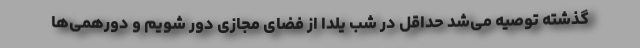
گذشته توصیه می‌شد حداقل در شب یلدا از فضای مجازی دور شویم و دورهمی‌ها